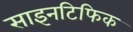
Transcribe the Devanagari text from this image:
साइनटिफिक